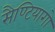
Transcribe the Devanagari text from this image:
सैण्टियागो